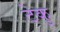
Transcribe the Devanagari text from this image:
टेकु